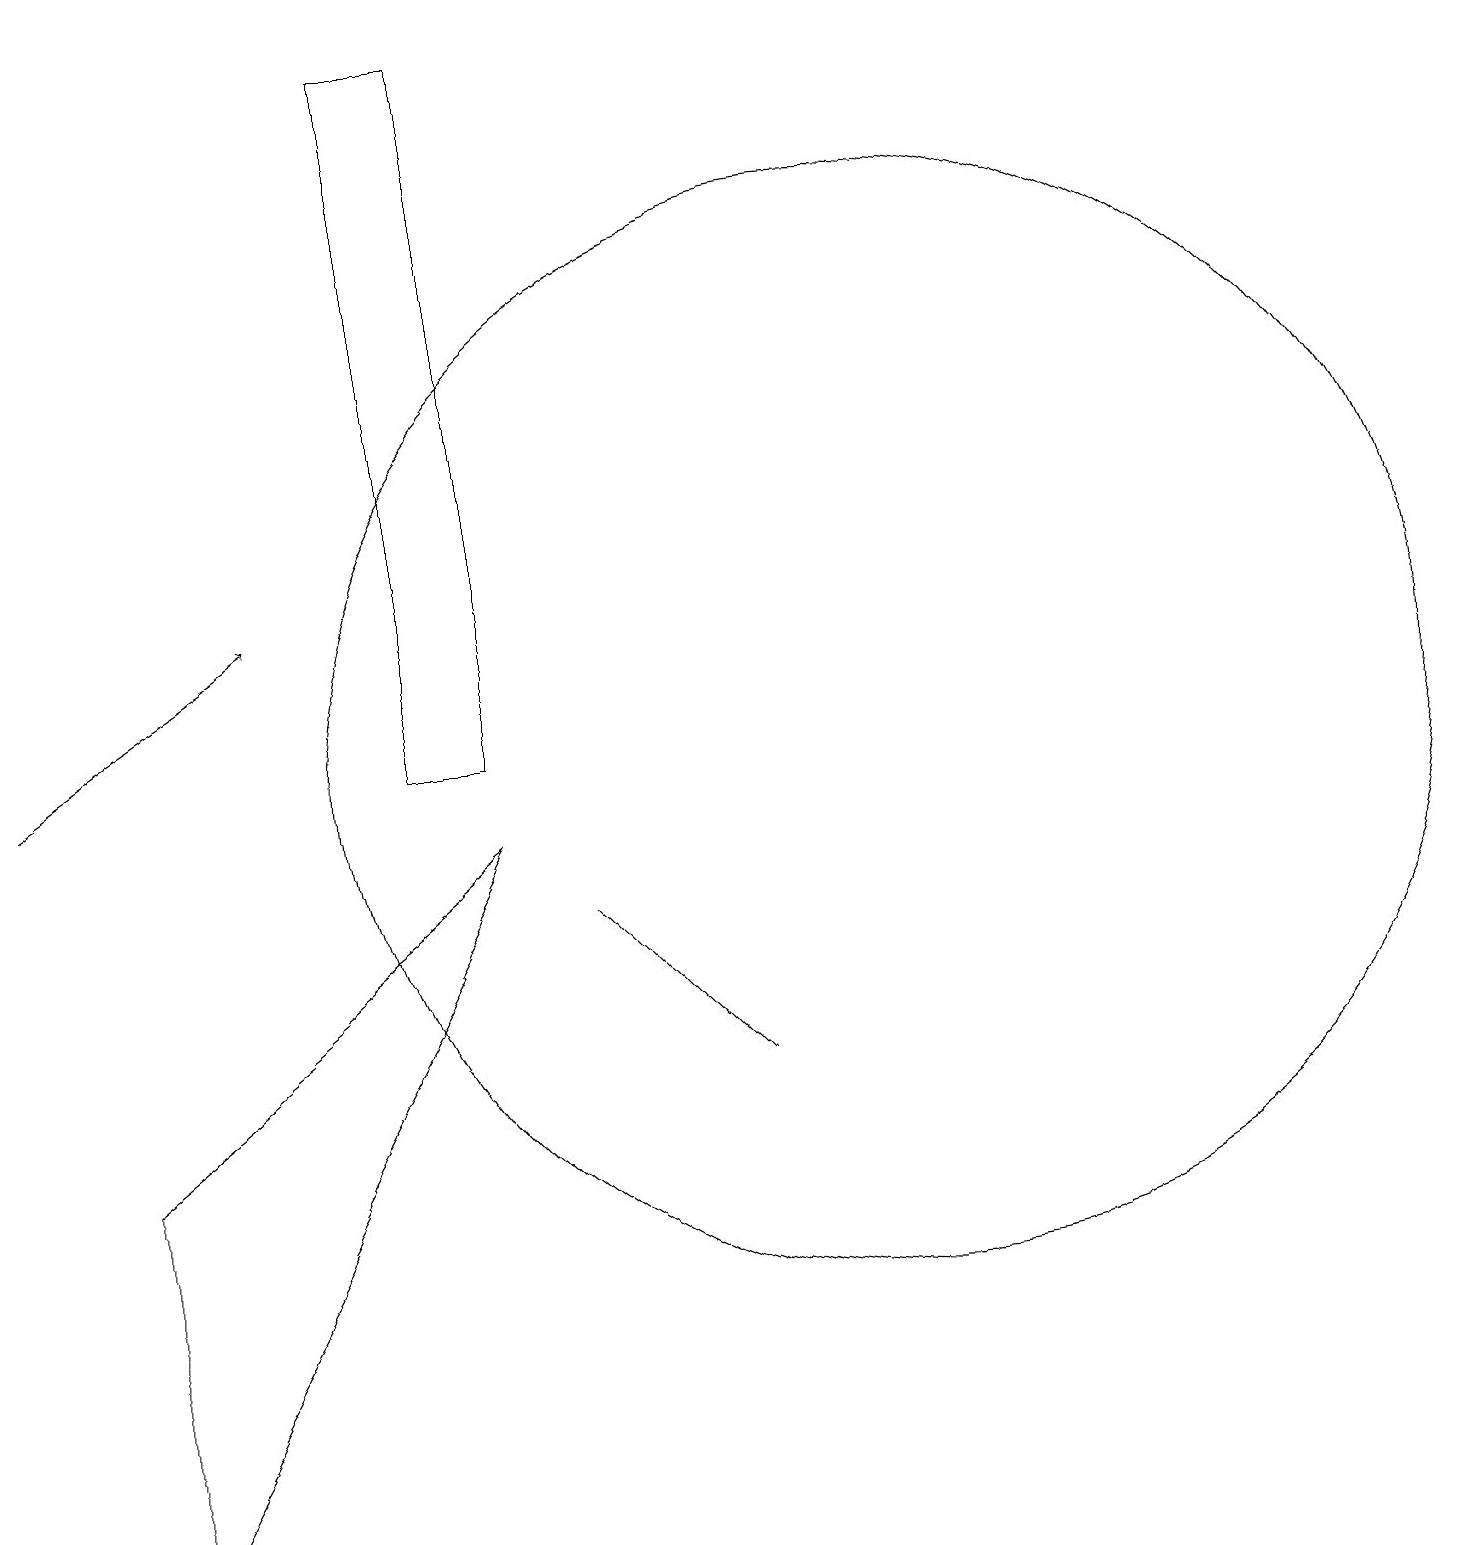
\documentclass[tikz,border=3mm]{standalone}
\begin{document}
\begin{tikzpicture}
\draw (6,10) rectangle (5,19);
\draw (1,0) -- (6,9) -- (1,5) -- cycle;
\draw (11,10) circle (7);
\draw[->] (0,10) -- (3,12);
\draw (9,6) -- (7,8) -- (8,7) -- cycle;
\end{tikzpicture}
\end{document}